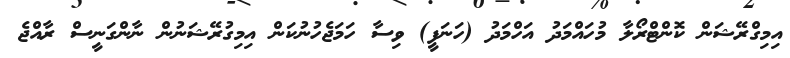
އިމިގްރޭޝަން ކޮންޓްރޯލާ މުހައްމަދު އަހްމަދު (ހަނަފީ) ވިސާ ހަމަޖެހުނުކަން އިމިގުރޭޝަނުން ނާންގަނީސް ރާއްޖެ